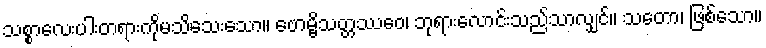
သစ္စာလေးပါးတရားကိုမသိသေးသော။ ဗောမ္ဗိသတ္တဿေဝ၊ ဘုရားလောင်းသည်သာလျှင်။ သတော၊ ဖြစ်သော။